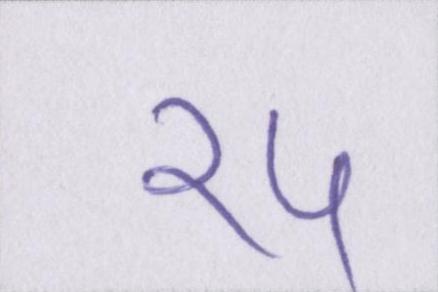
१५